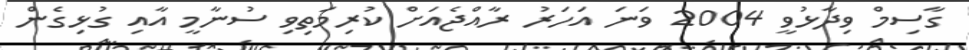
ގާސިމް ވިދާޅުވީ 2004 ވަނަ އަހަރު ރާއްޖެއަށް ކުރިމަތިވި ސުނާމީ އާއި ގުޅިގެން